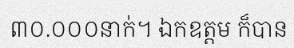
៣០.០០០នាក់។ ឯកឧត្តម ក៏បាន